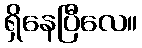
ရှိနေပြီလေ။